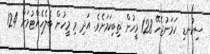
ސިކުނޑި ހަމަނުޖެހޭ 128 މީހުން ތިބިކަމަށެވެ. އަދި މި މީހުން ބެލެހެއްޓުމަށް 124